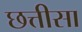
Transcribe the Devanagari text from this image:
छत्तीसा